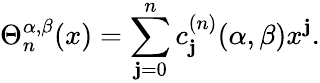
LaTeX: \Theta_{n}^{\alpha,\beta}(x)=\sum_{\mathbf{j}=0}^{n}c_{\mathbf{j}}^{(n)}{(\alpha,\beta)}x^{\mathbf{j}}.